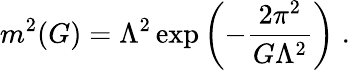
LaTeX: m^{2}(G)=\Lambda^{2}\exp\left(-\frac{2\pi^{2}}{G\Lambda^{2}}\right)\; .